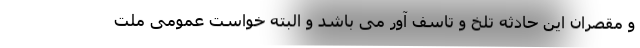
و مقصران این حادثه تلخ و تاسف آور می باشد و البته خواست عمومی ملت